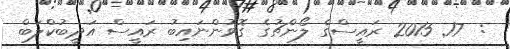
:  17